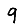
Digit: 9